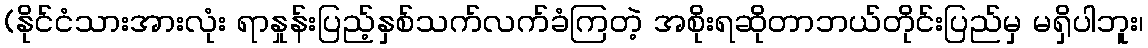
(နိုင်ငံသားအားလုံး ရာနှုန်းပြည့်နှစ်သက်လက်ခံကြတဲ့ အစိုးရဆိုတာဘယ်တိုင်းပြည်မှ မရှိပါဘူး၊